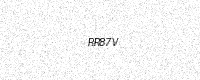
Text: RR87V